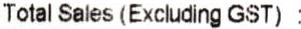
TOTAL SALES (EXCLUDING GST) :